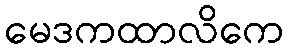
မေဒကထာလိကေ